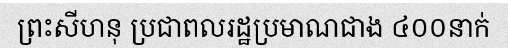
ព្រះសីហនុ ប្រជាពលរដ្ឋប្រមាណជាង ៤០០នាក់